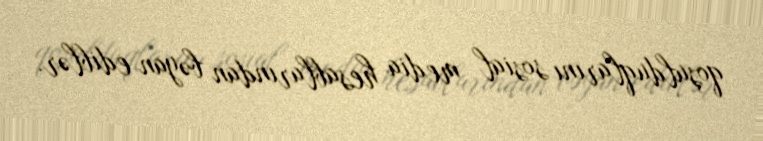
qoşulduqlarını sosial media hesablarından bəyan ediblər.